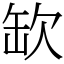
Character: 缼